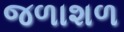
જળાશળ